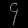
Digit: ၄